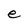
Character: e